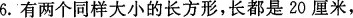
6.有两个同样大小的长方形，长都是20厘米，